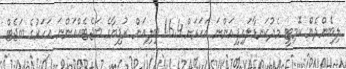
ލިބެންދެން ކޮމިޓީ މެދުކަނޑާލައިފިއަންނަ އަހަރަށް 16.4 ބިލިއަން ރުފިޔާގެ ބަޖެޓެއްއަންނަ އަހަރުގެ ބަޖެޓް